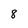
Character: 8